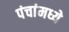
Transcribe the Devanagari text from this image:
पंचांमध्ये